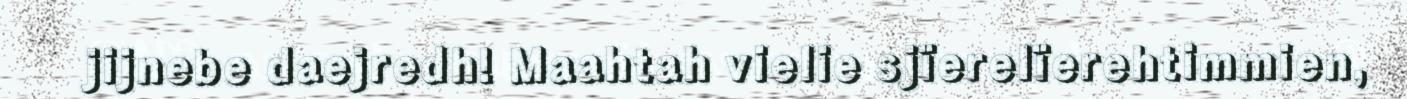
jijnebe daejredh! Maahtah vielie sjïerelïerehtimmien,